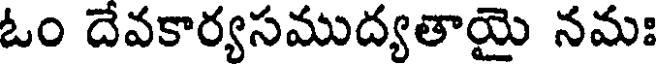
ఓం దేవకార్యసముద్యతాయై నమః